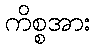
ကိစ္စအား